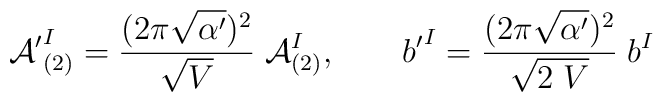
{{\cal A}'}^I_{(2)} =\frac{(2\pi\sqrt{\alpha^\prime})^2}{\sqrt{V}}\;{\cal A}^I_{(2)}, \qquad {b'}^I= \frac{(2\pi\sqrt{\alpha'})^2}{\sqrt{2\;V}}\;{b}^I